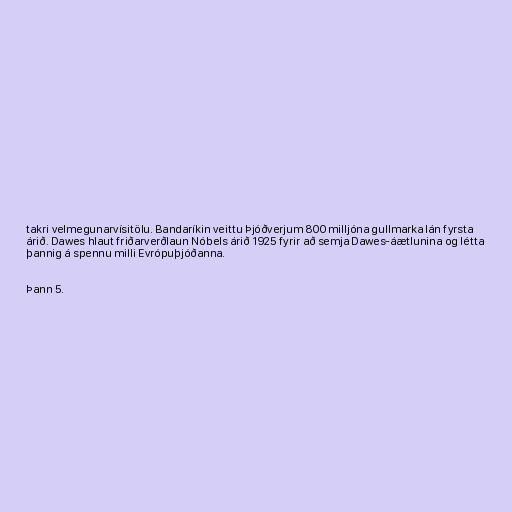
takri velmegunarvísitölu. Bandaríkin veittu Þjóðverjum 800 milljóna gullmarka lán fyrsta
árið. Dawes hlaut friðarverðlaun Nóbels árið 1925 fyrir að semja Dawes-áætlunina og létta
þannig á spennu milli Evrópuþjóðanna.

Þann 5.